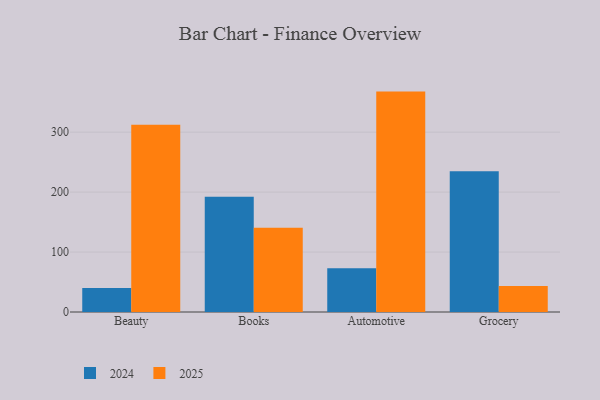
{"axis": {"x": "Category", "y": "Bounce Rate (%)"}, "legend": ["2024", "2025"], "data": [{"x": "Beauty", "y": 39.9, "type": "2024"}, {"x": "Beauty", "y": 312.3, "type": "2025"}, {"x": "Books", "y": 192.3, "type": "2024"}, {"x": "Books", "y": 140.6, "type": "2025"}, {"x": "Automotive", "y": 72.9, "type": "2024"}, {"x": "Automotive", "y": 367.6, "type": "2025"}, {"x": "Grocery", "y": 234.9, "type": "2024"}, {"x": "Grocery", "y": 43.3, "type": "2025"}]}